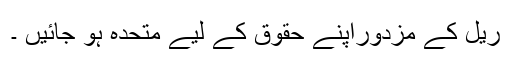
ریل کے مزدوراپنے حقوق کے لیے متحدہ ہو جائیں ۔